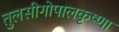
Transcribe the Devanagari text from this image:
तुलसीगोपालकृष्‍णा